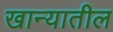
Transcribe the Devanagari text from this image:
खान्यातील